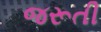
જરૂતી